King Institute of Preventive Medicine Micro-Biological Section reports 1912-19
Year: 1912
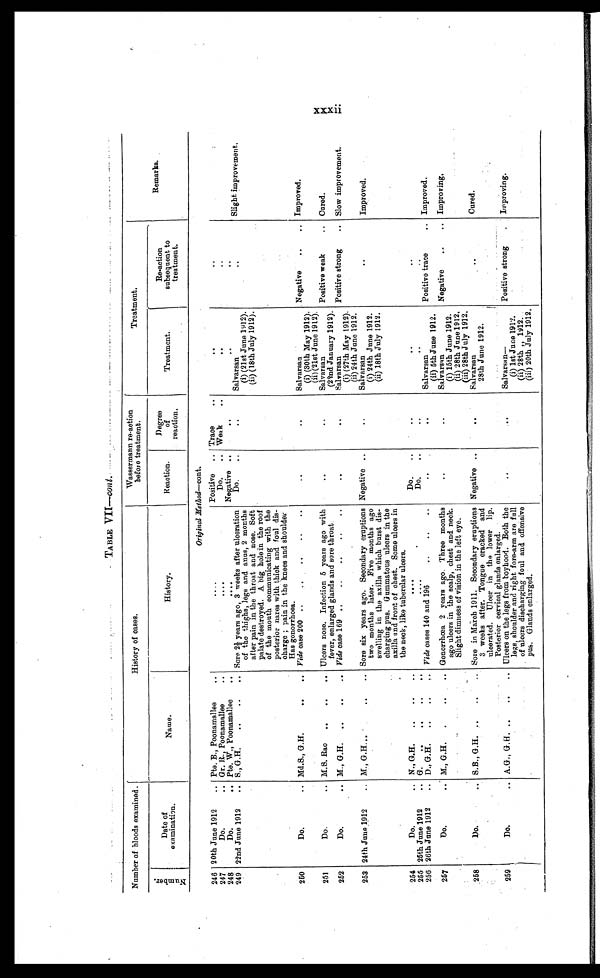
TABLE VII—C o n t .
Number of bloods examined.
History of cases.
Wassermann re-action
before treatment.
Treatment.
N u m b e r .
Date of
examination.
Name.
History.
Reaction.
Degree
of
reaction.
Treatment.
Re-action
subsequent to
treatment.
Remarks.
Original Method— cont.
246 20th June 1912 . . Pte. B., Poonamallee . .
. . . .
Positive . . Trace . .
. .
. .
247
Do. . . Gr. R., Poonamallee. .
. . . .
Do. . . Weak . .
. .
. .
248
Do. . . Pte. W., Poonamallee . .
. . . .
Negative . .
. .
. .
. .
249 22nd June 1912 . . S., G.H . . . . . . .
Sore 2½ years ago, 3 weeks after ulceration
of the thighs, legs and anus, 2 months
after pain in the throat and nose. Soft
palate destroyed. A big hole in the roof
of the mouth communicating with the
posterior nares with thick and foul dis -
charge ; pain in the knees and shoulder
Has gonorrhoea.
Do. . .
. .
Salvarsan
(i) (21st June 1912).
(ii) (18th July 1912).
. .
Slight improvement.
250
Do. . . Md.S., G.H. . . . .
Vide case 200 . . . . . . . . . .
. .
. .
Salvarsan
(i) (30th May 1912).
(ii) (21st June 1912).
Negative . . . . Improved.
251
Do. . . M.S. Rao . . . . . .
Ulcers nose. Infection 5 years ago with
fever, enlarged glands and sore throat.
. .
. .
Salvarsan
(22nd January 1912).
Positive weak . . Cured.
252
Do. . . M., G.H. . . . . . .
Vide case 169 . . . . . . . . . .
. .
. .
Salvarsan
(i) (27th May 1912).
(ii) 24th June 1912.
Positive strong . . Slow improvement.
253 24th June 1912 . . M., G.H... . . . . . .
Sore six years ago. Secondary eruptions
two months later. Five months ago
swelling in the axilla which burst dis-
charging pus. Gummatous ulcers in the
axilla and front of chest. Some ulcers in
the neck, like tuberclar ulcers.
Negative . .
. .
Salvarsan
(i) 24th June 1912.
(ii) 18th July 1912.
. .
Improved.
254
Do. . . N., G.H. . . . . . .
. . . .
Do. . .
. .
. .
. .
255 25th June 1912 . . G. . . . . . . . .
. . . .
Do. . .
. .
. .
. .
256 26th Jane 1912 . .
D . , G . H . . . . . . .
Vide cases 140 and 196 . . . . . .
. .
. .
Salvarsan
(ii) 5th June 1912.
Positive trace . . Improved.
257
Do. . . M., G.H. . . . . .
Gonorrhœa 2 years ago. Three months
ago ulcers in the scalp, chest and neck.
Slight dimness of vision in the left eye.
. .
. .
Salvarsan.
(i) 15th June 1912.
(ii) 28th June 1912.
(iii) 28th July 1912.
Negative . . . .
Improving.
258
Do. . . S.B., G.H. . . . . . .
Sore in March 1911. Secondary eruptions
3 weeks after. Tongue cracked and
ulcerated. Ulcer in the lower lip.
Posterior cervical glands enlarged.
Negative . .
. .
Salvarsan
28th June 1912.
. .
Cured.
259
Do. . . A.G., G. H. . . . . . .
Ulcers on the legs from boyhood. Both the
legs, shoulder and right fore-arm are full
of ulcers discharging foul and offensive
pus. Glands enlarged.
. .
. .
Salvarsan—
(i) let June 1912.
(ii) 28th ,, 1912.
(iii) 20th duly 1912.
Positive strong . . . . Improving.
xxxii